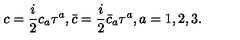
c = \frac { i } { 2 } c _ { a } \tau ^ { a } , \bar { c } = \frac { i } { 2 } \bar { c } _ { a } \tau ^ { a } , a = 1 , 2 , 3 .